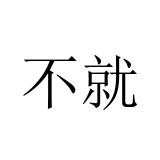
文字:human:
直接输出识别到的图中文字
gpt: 不就